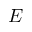
E